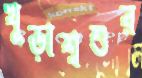
খুড়াশ্বশুর